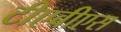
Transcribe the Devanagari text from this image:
टीएबीएस